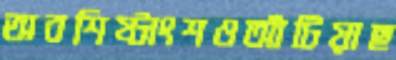
অবশিষ্টাংশওআঁটিয়াছ